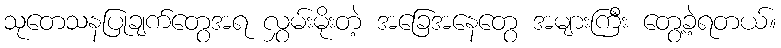
သုတေသနပြုချက်တွေအရ လွှမ်းမိုးတဲ့ အခြေအနေတွေ အများကြီး တွေ့ခဲ့ရတယ်။